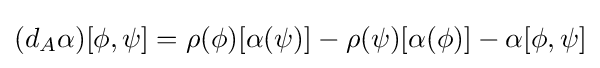
(d_{A}\alpha )[\phi ,\psi ]=\rho (\phi )[\alpha (\psi )]-\rho (\psi )[\alpha (\phi )]-\alpha [\phi ,\psi ]